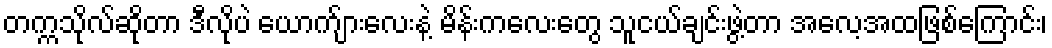
တက္ကသိုလ်ဆိုတာ ဒီလိုပဲ ယောက်ျားလေးနဲ့ မိန်းကလေးတွေ သူငယ်ချင်းဖွဲ့တာ အလေ့အထဖြစ်ကြောင်း၊